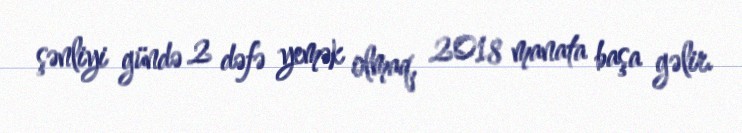
şənliyi gündə 2 dəfə yemək olmaq, 2018 manata başa gəlir.